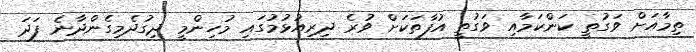
ތިމާއަށް ވަގުތީ ކަންކަމާއި ވަގުތީ އުފާތަކަށް ވުރެ ދިރިއުޅުމުގައި މުހިންމީ ދިގުދެމިގެންދާނެ ފަދަ